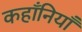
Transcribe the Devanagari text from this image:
कहाँनियाँ